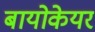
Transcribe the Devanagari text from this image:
बायोकेयर